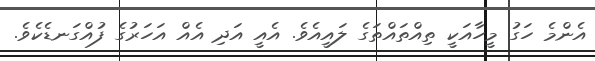
އެންމެ ހަގު މީހާއަކީ ތިއްތައްތަގެ ލައީއެވެ. އެއީ އަދި އެއް އަހަރުގެ ފުއްގަނޑެކެވެ.